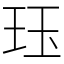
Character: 珏